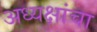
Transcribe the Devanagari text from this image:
अध्यक्षांचा